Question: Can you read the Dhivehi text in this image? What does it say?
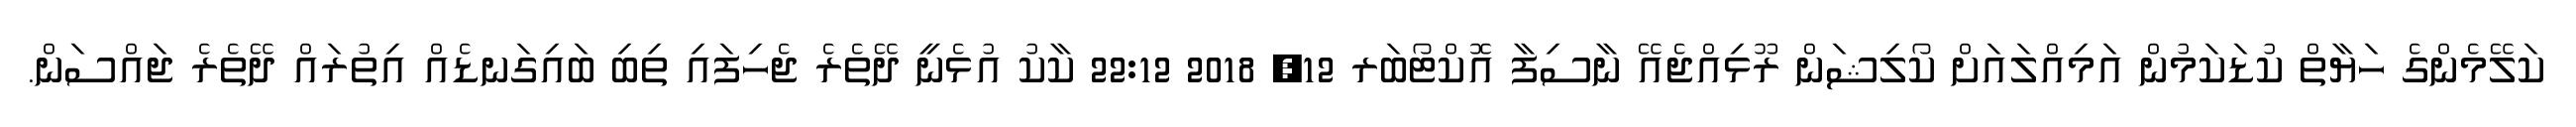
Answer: ކަލޭމެންގެ ހަޔާތް ކުޑަކަމުން އަމިއްލައަށް ކޯލިޝަން ރޫޅިއްޖެއޭ ނާސިފާ އޮކްޓޯބަރ 12, 2018 22:12 ކާކު އުޅެނީ ދޭތެރެ ޖެހިފައި ތިބި ބައިގަނޑެއް އިތުރައް ދޭތެރެ ޖައްސަން.